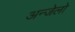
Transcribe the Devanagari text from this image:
अन्जेलो